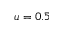
u = 0 . 5